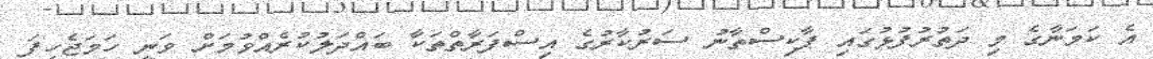
އެ ކަމަނާގެ މި ދަތުރުފުޅުގައި ޕާކިސްތާނު ސަރުކާރުގެ އިސްފަރާތްތަކާ ބައްދަލުކުރެއްވުމަށް ވަނީ ހަމަޖެހިފަ